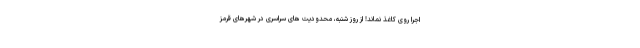
اجراْ روی کاغذ نمانَد! از روز شنبه، محدودیت های سراسری در شهرهای قرمز